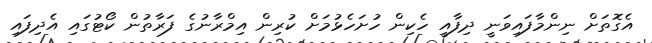
އެގޮތަށް ނިންމާފައިވަނީ ދިފާއީ ހެކިން ހުށަހެޅުމަށް ކުރިން އިމްރާނުގެ ފަރާތުން ކޯޓުގައި އެދިފައި